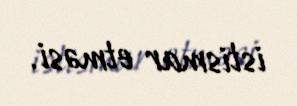
istismar etməsi.